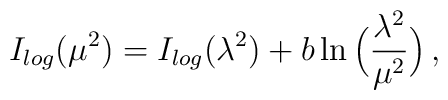
I_{log}(\mu^2)  = I_{log}(\lambda^2) + b \ln \Big( \frac{\lambda^2}{\mu^2} \Big)\, ,